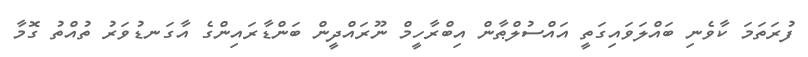
ފުރަތަމަ ކާވެނި ބައްލަވައިގަތީ އައްސުލްޠާން އިބްރާހީމް ނޫރައްދީން ބަންޑާރައިންގެ އާގަނޑުވަރު ތުއްތު ގޮމާ